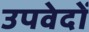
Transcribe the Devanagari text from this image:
उपवेदाें